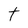
Character: t